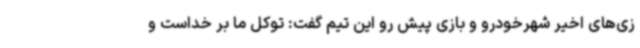
زی‌های اخیر شهرخودرو و بازی پیش رو این تیم گفت: توکل ما بر خداست و